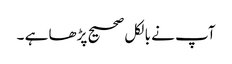
آپ نے بالکل صحیح پڑھا ہے ۔